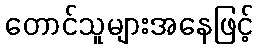
တောင်သူများအနေဖြင့်